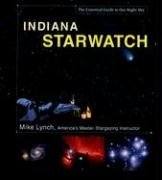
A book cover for Indiana StarWatch: The Essential Guide to Our Night Sky; Mike Lynch; Travel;